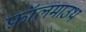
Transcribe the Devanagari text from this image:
फ़ॉलमाउथ